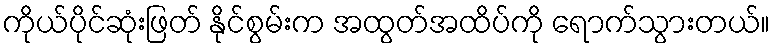
ကိုယ်ပိုင်ဆုံးဖြတ် နိုင်စွမ်းက အထွတ်အထိပ်ကို ရောက်သွားတယ်။